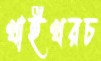
খাইখরচ